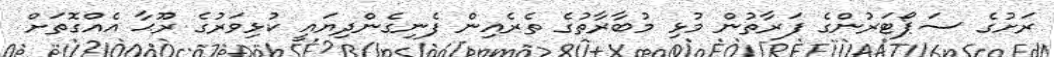
ރަށުގެ ސަޕޯޓަރުންގެ ފަރާތުން މުޅި މުބާރާތުގެ ތެރެއިން ފެނިގެންދިޔައީ ކުޅިވަރުގެ ރޫޙާ އެއްގޮތަށް